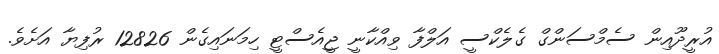
އުރީދޫއިން ސެމްސަންގް ގެލެކްސީ އަލްފާ ވިއްކާނީ ޖީއެސްޓީ ހިމަނައިގެން 12826 ރުފިޔާ އަށެވެ.